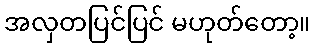
အလှတပြင်ပြင် မဟုတ်တော့။